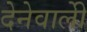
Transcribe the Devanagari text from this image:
देनेवालीे